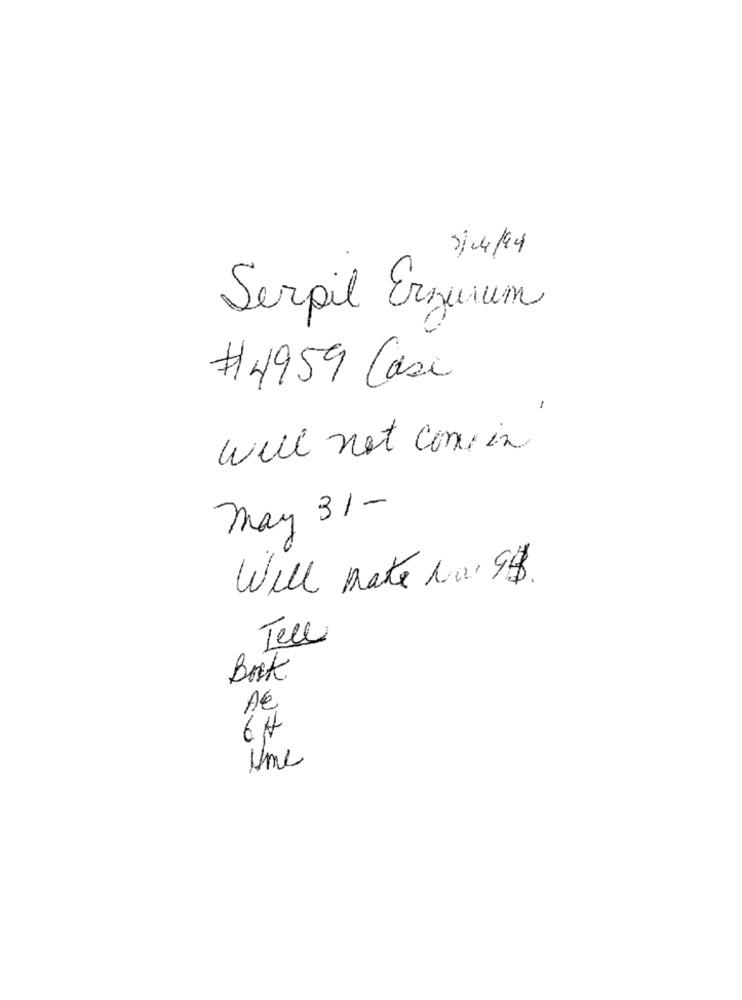
3/04/94
Serpil Erzurum
#4959 Case
-
will not com in
May 31-
Will Make Na 99.
Tell
Book
A€
64
Une